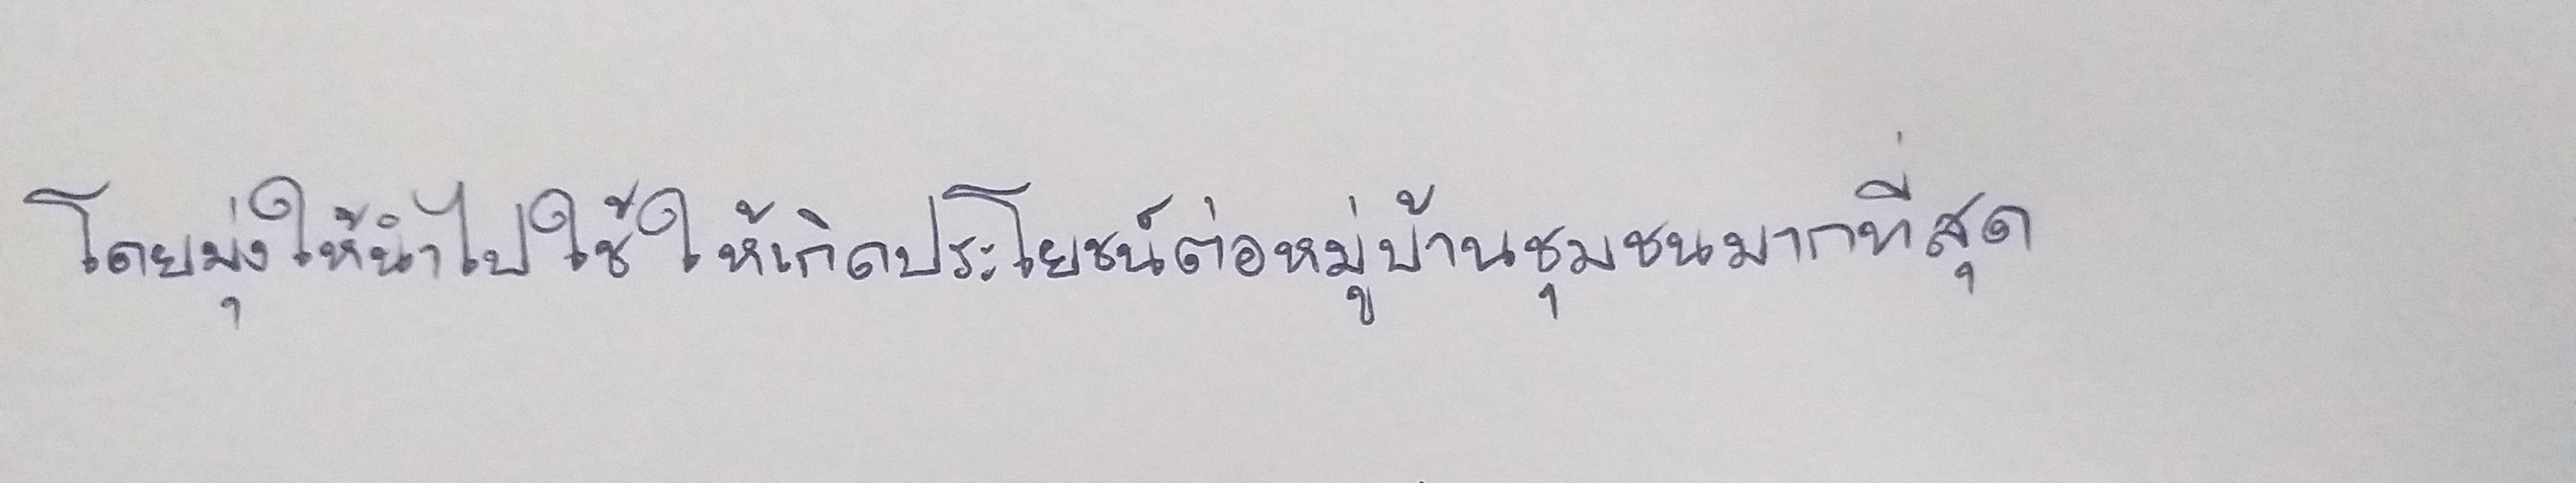
โดยมุ่งให้นำไปใช้ให้เกิดประโยชน์ต่อหมู่บ้านชุมชนมากที่สุด